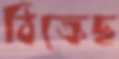
ঠিক্‌রেছ